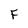
Character: F